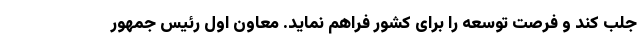
جلب کند و فرصت توسعه را برای کشور فراهم نماید. معاون اول رئیس جمهور